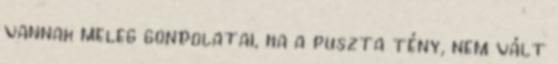
vannak meleg gondolatai, ha a puszta tény, nem vált